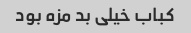
کباب خیلی بد مزه بود